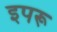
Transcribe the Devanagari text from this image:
इपरू